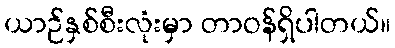
ယာဉ်နှစ်စီးလုံးမှာ တာဝန်ရှိပါတယ်။